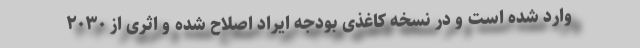
وارد شده است و در نسخه کاغذی بودجه ایراد اصلاح شده و اثری از ۲۰۳۰